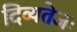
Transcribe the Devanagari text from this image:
दिव्यतेजः